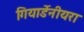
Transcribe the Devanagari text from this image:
गियार्डेनीयरा